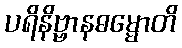
ပရိနိဗ္ဗာနဓမ္မောတိ